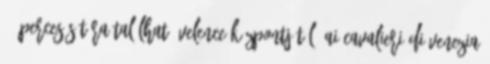
10-perces sétára található Velence központjától. Ai Cavalieri Di Venezia